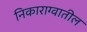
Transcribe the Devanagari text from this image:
निकाराग्वातील